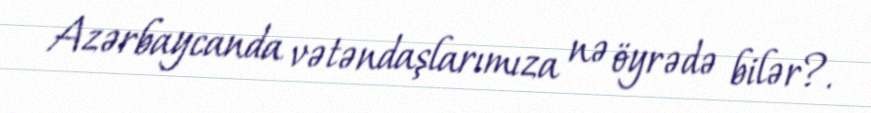
Azərbaycanda vətəndaşlarımıza nə öyrədə bilər?.